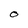
Character: 0